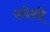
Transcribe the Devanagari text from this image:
स्नेथी